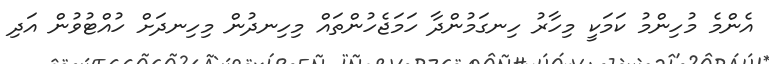
އެންމެ މުހިންމު ކަމަކީ މިހާރު ހިނގަމުންދާ ހަމަޖެހުންތައް މިހިނދުން މިހިނދަށް ހުއްޓުވުން އަދި